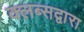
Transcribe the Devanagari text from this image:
क्लब्सद्वारा